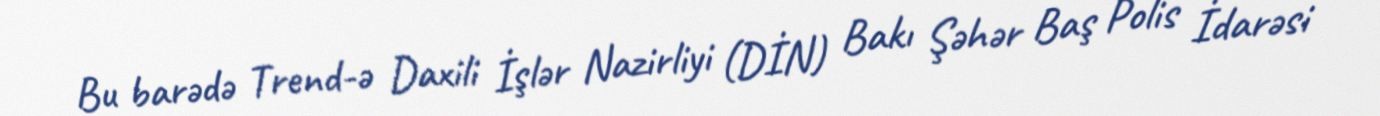
Bu barədə Trend-ə Daxili İşlər Nazirliyi (DİN) Bakı Şəhər Baş Polis İdarəsi